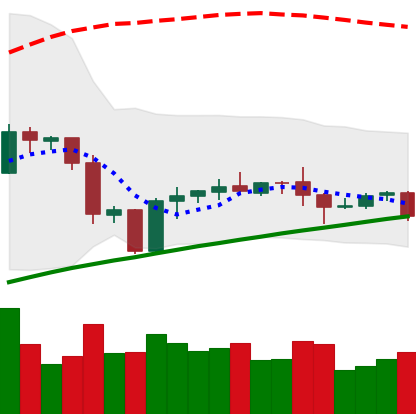
Ticker: ETH-USD
Chart end date: 2020-10-06
Forward return: 10.072%
Label: up_7plus